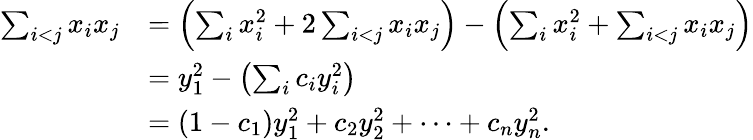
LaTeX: \begin{array}{rl}{\sum_{i<j}x_{i}x_{j}}&{=\left(\sum_{i}x_{i}^{2}+2\sum_{i<j}x_{i}x_{j}\right)-\left(\sum_{i}x_{i}^{2}+\sum_{i<j}x_{i}x_{j}\right)}\\ &{=y_{1}^{2}-\left(\sum_{i}c_{i}y_{i}^{2}\right)}\\ &{=(1-c_{1})y_{1}^{2}+c_{2}y_{2}^{2}+\cdots+c_{n}y_{n}^{2}.}\end{array}